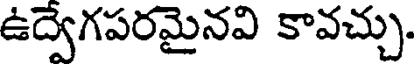
ఉద్వేగపరమైనవి కావచ్చు.